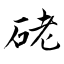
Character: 硓